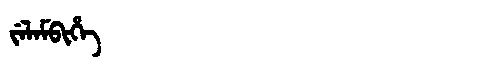
Manchu: ᠵᡝᠯᠠᠮᠪᡳᡥᡝ
Romanization: JELAMBIHE